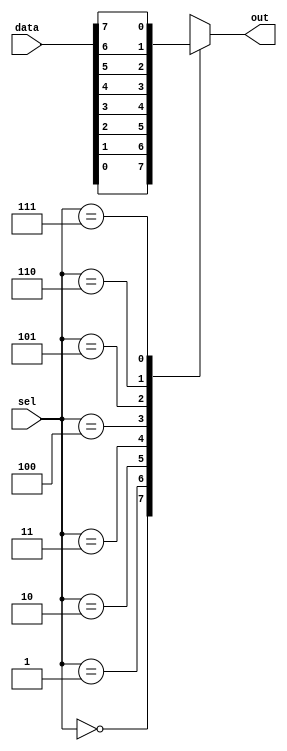
module mux_8to1(
    input [7:0] data,
    input [2:0] sel,
    output reg out
);

always @(*) begin
    case(sel)
        3'b000: out = data[0];
        3'b001: out = data[1];
        3'b010: out = data[2];
        3'b011: out = data[3];
        3'b100: out = data[4];
        3'b101: out = data[5];
        3'b110: out = data[6];
        3'b111: out = data[7];
        default: out = 0; // Default output value in case select signal is invalid
    endcase
end

endmodule